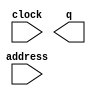
module redDiskWin (
	address,
	clock,
	q);

	input	[7:0]  address;
	input	  clock;
	output	[2:0]  q;
`ifndef ALTERA_RESERVED_QIS
// synopsys translate_off
`endif
	tri1	  clock;
`ifndef ALTERA_RESERVED_QIS
// synopsys translate_on
`endif

endmodule